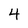
Character: 4